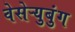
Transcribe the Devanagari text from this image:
वेसेऱ्युबुंग